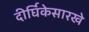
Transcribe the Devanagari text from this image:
दीर्घिकेसारखे